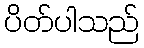
ပိတ်ပါသည်